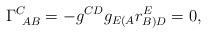
LaTeX: \begin{align*}\Gamma_{~AB}^C=-g^{CD}g_{E(A}r_{B)D}^E=0,\end{align*}